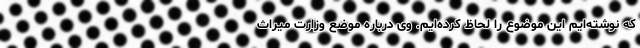
که نوشته‌ایم این موضوع را لحاظ کرده‌ایم. وی درباره موضع وزارت میراث